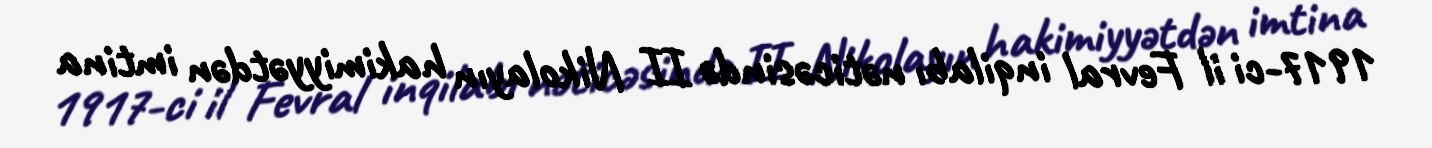
1917-ci il Fevral inqilabı nəticəsində II Nikolayın hakimiyyətdən imtina